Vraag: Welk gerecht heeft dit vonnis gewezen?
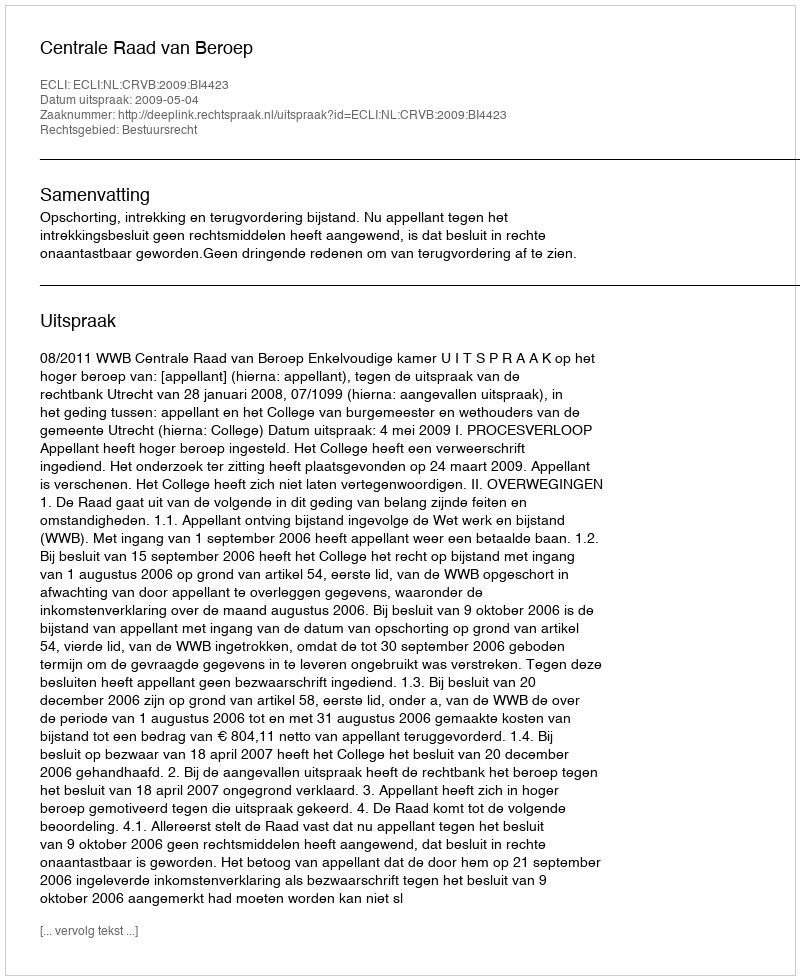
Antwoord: Centrale Raad van Beroep